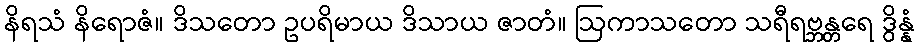
နိရသံ နိရောဇံ။ ဒိသတော ဥပရိမာယ ဒိသာယ ဇာတံ။ ဩကာသတော သရီရဗ္ဘန္တရေ ဒွိန္နံ